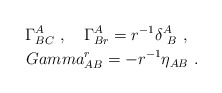
\begin{align*}\Gamma^A_{BC}\ ,\ \ \ \Gamma^A_{Br} = r^{-1}\delta^A_{\ B}\ ,\ \ \\Gamma^r_{AB} = - r^{-1}\eta_{AB}\ .\end{align*}